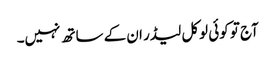
آج تو کوئی لوکل لیڈر ان کے ساتھ نہیں۔